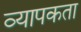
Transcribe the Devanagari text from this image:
व्‍यापकता